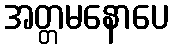
အတ္တမနောပေ